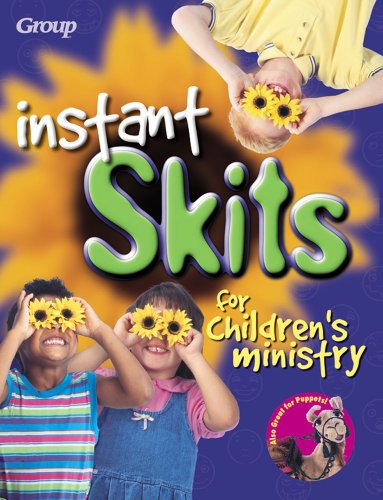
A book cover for Instant Skits for Children's Ministry; John Duckworth; Literature & Fiction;